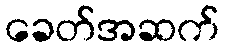
ခေတ်အဆက်